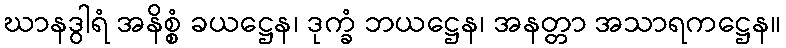
ဃာနဒွါရံ အနိစ္စံ ခယဋ္ဌေန၊ ဒုက္ခံ ဘယဋ္ဌေန၊ အနတ္တာ အသာရကဋ္ဌေန။